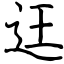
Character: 迋